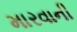
મારવાની